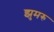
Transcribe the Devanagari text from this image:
झुमरु